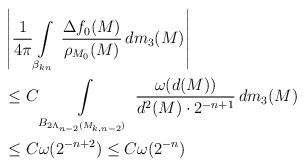
LaTeX: \begin{align*}&\left|\frac{1}{4\pi}\int\limits_{\beta_{kn}}\,\frac{\Delta f_0(M)}{\rho_{M_0}(M)}\, dm_3(M)\right| \\&\leq C \int\limits_{B_{2\Lambda_{n-2}(M_{k,n-2})}}\,\frac{\omega(d(M))}{d^{2}(M)\cdot 2^{-n+1}}\, dm_3(M) \\&\leq C\omega(2^{-n+2})\leq C\omega(2^{-n})\end{align*}